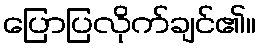
ပြောပြလိုက်ချင်၏။